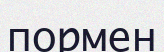
пормен